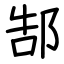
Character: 郜